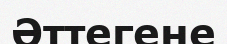
Әттегене